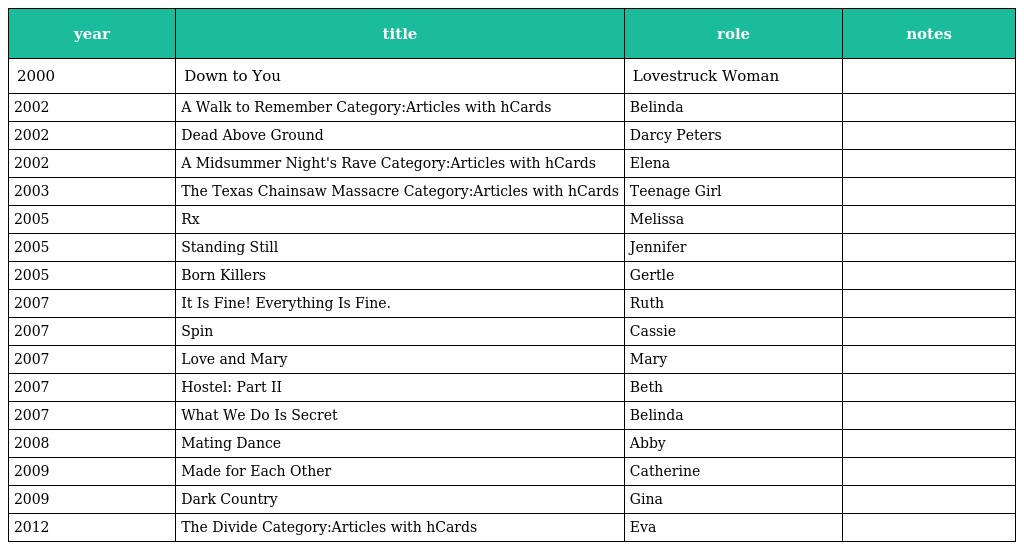
| year | title | role | notes |
 | --- | --- | --- | --- |
 | 2000 | Down to You | Lovestruck Woman |  |
 | 2002 | A Walk to Remember Category:Articles with hCards | Belinda |  |
 | 2002 | Dead Above Ground | Darcy Peters |  |
 | 2002 | A Midsummer Night's Rave Category:Articles with hCards | Elena |  |
 | 2003 | The Texas Chainsaw Massacre Category:Articles with hCards | Teenage Girl |  |
 | 2005 | Rx | Melissa |  |
 | 2005 | Standing Still | Jennifer |  |
 | 2005 | Born Killers | Gertle |  |
 | 2007 | It Is Fine! Everything Is Fine. | Ruth |  |
 | 2007 | Spin | Cassie |  |
 | 2007 | Love and Mary | Mary |  |
 | 2007 | Hostel: Part II | Beth |  |
 | 2007 | What We Do Is Secret | Belinda |  |
 | 2008 | Mating Dance | Abby |  |
 | 2009 | Made for Each Other | Catherine |  |
 | 2009 | Dark Country | Gina |  |
 | 2012 | The Divide Category:Articles with hCards | Eva |  |